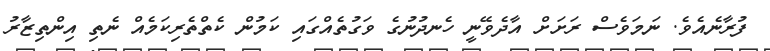
ފުރާނެއެވެ. ނަމަވެސް ރަށަށް އާދެވޭނީ ހެނދުނުގެ ވަގުތެއްގައި ކަމުން ކެތްތެރިކަމެއް ނެތި އިންތިޒާރު